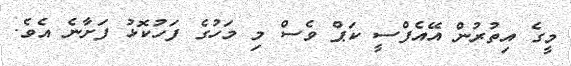
މީގެ އިތުރުން އޭއެފްސީ ކަޕް ވެސް މި މަހުގެ ފަހުކޮޅު ފަށާނެ އެވެ.